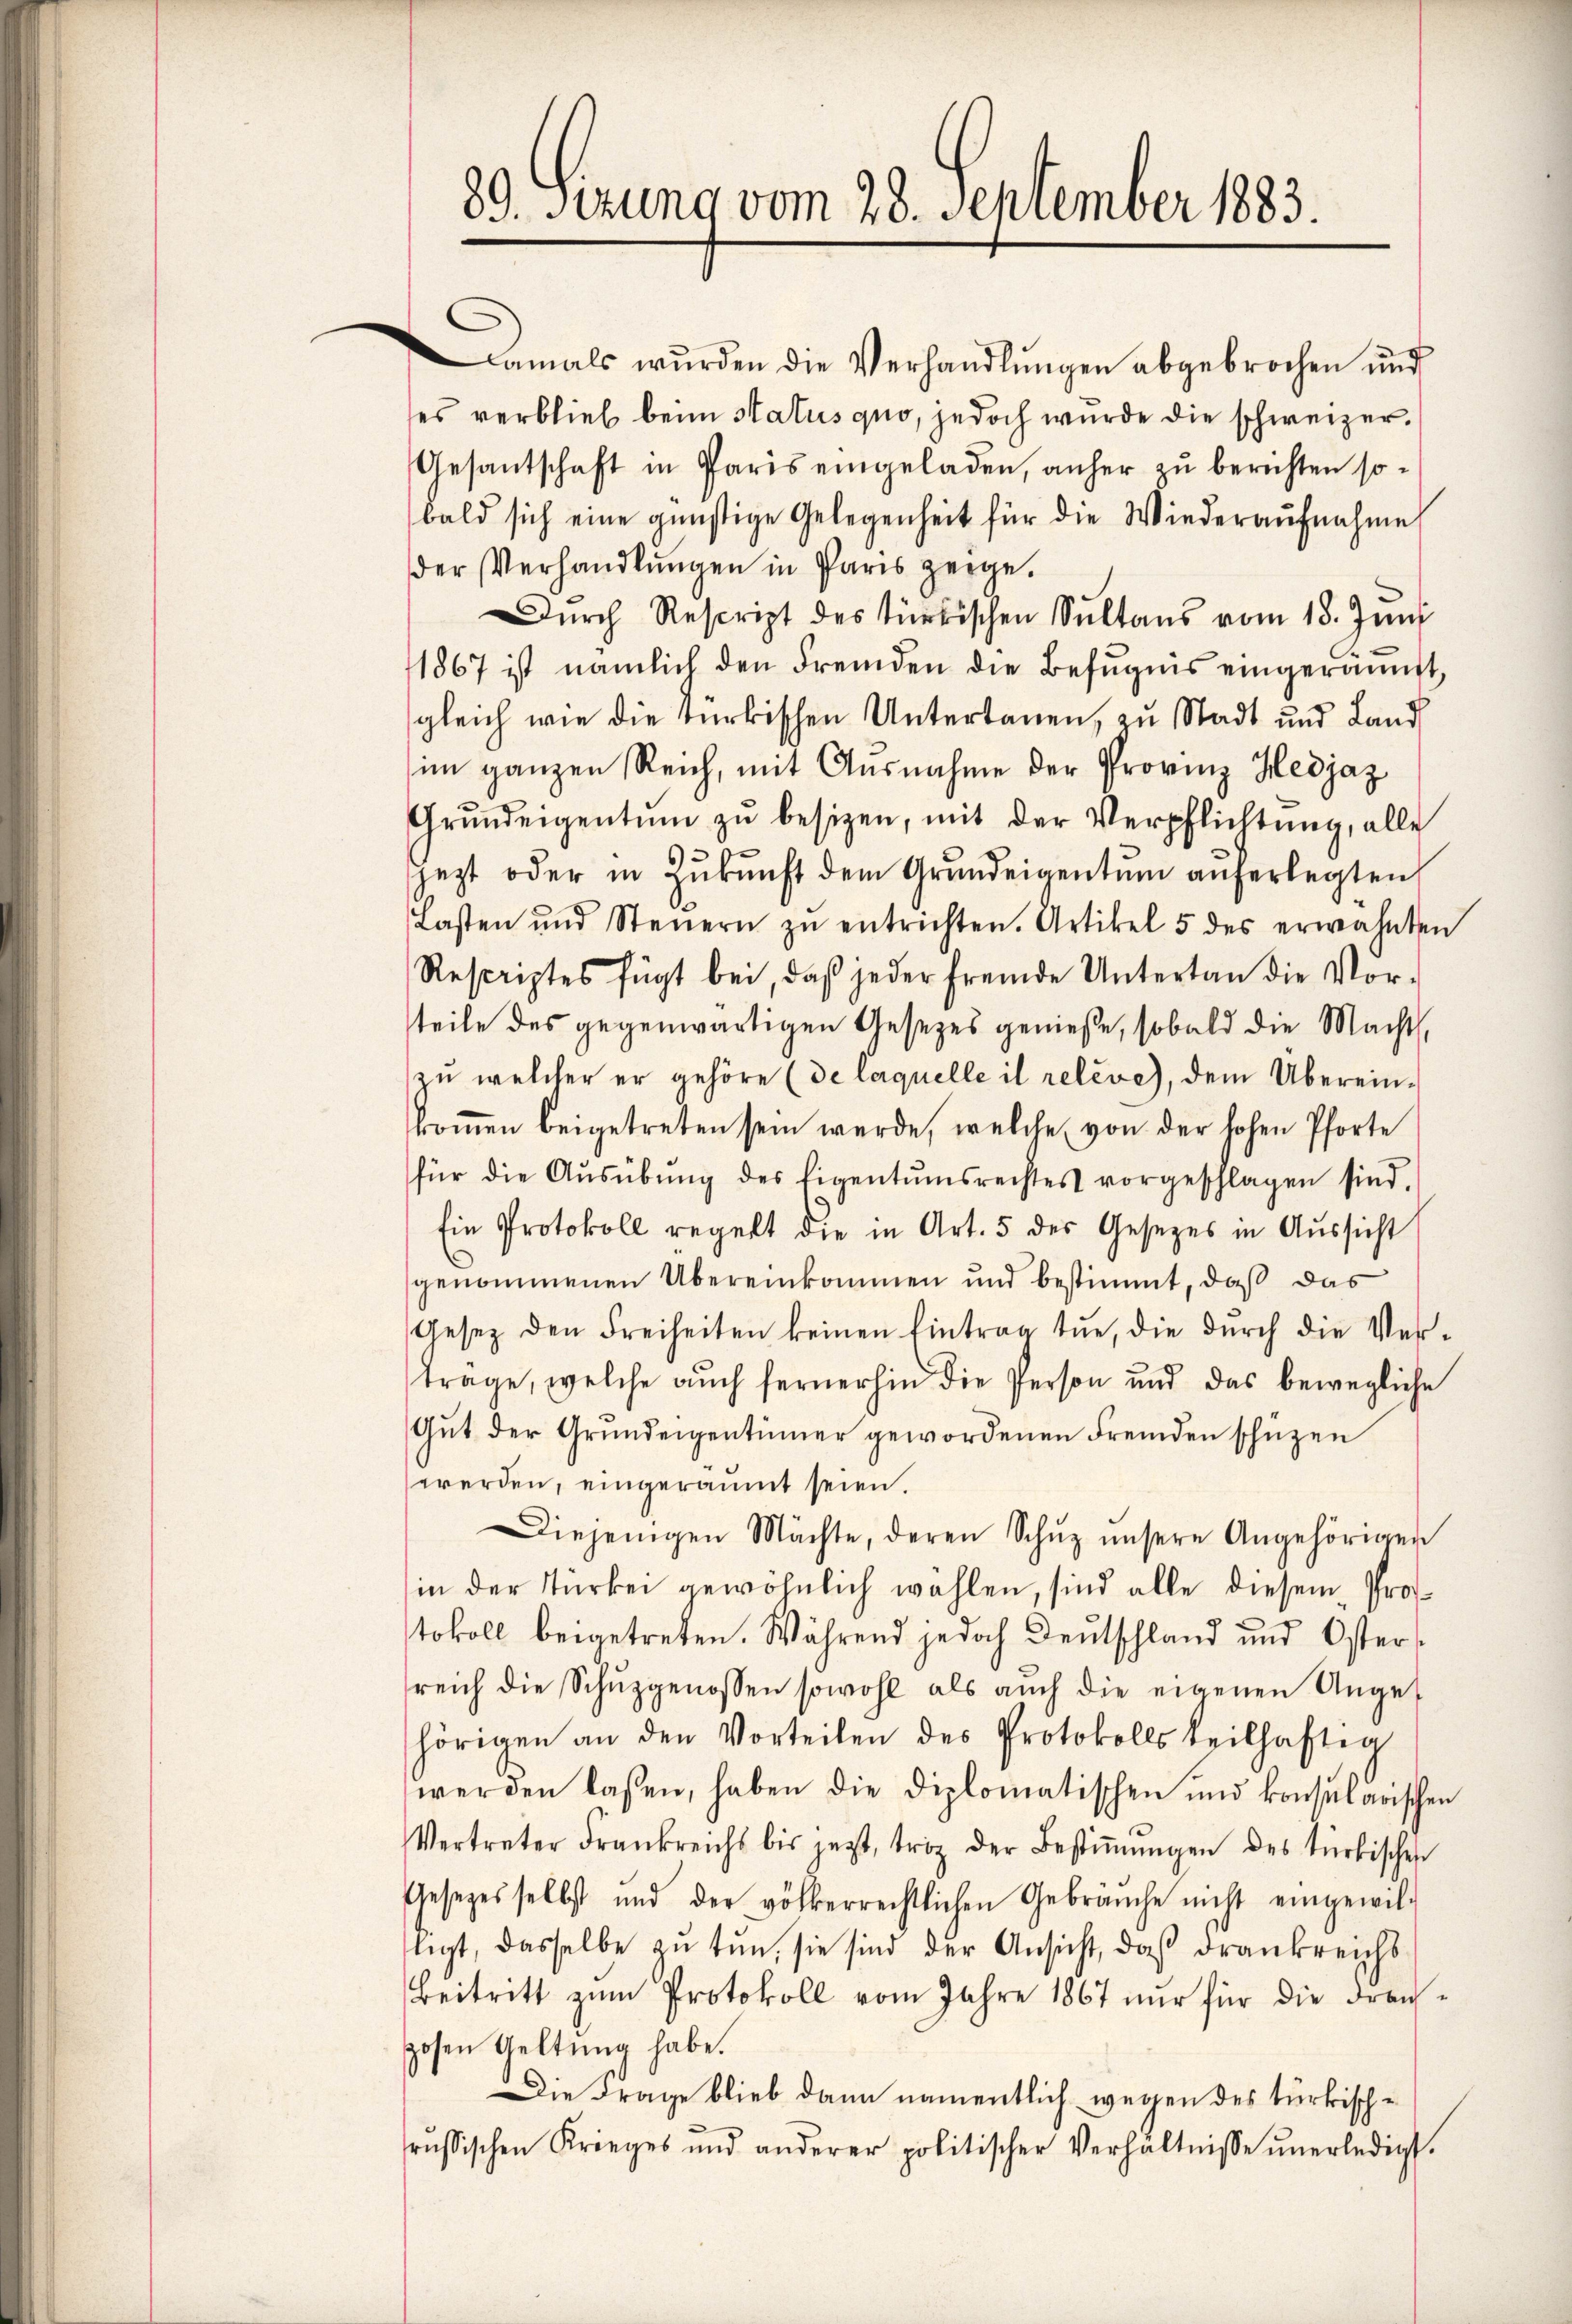
89. Sirung vom 28. September 1883.

damals wŭrden die Verhandlŭngen abgebrochen und
ses verblieb beim Status quo, jedoch wurde die schweizer¬
Gesantschaft in Paris eingeladen, anher zu berichten sobald sich eine günstige Gelegenheit für die Wiederaŭfnahme
der Verhandlungen in Paris zeige.
Dŭrch Rescript des türkischen Sultans vom 18. Jŭni
1867 ist nämlich den Fremden die Befugnis eingeräumt,
gleich wie die türkischen Untertanen, zu Stadt und Land
im ganzen Reich, mit Ausnahme der Provinz Hedjaz
Grŭndeigentum zŭ besizen, mit der Verpflichtŭng, alle
jezt oder in Zŭkŭnft dem Grundeigentum auferlegten
Lasten und Steŭern zŭ entrichten. Artikel 5 des erwähnten
Rescriptes fügt bei, daβ jeder fremde Untertan die Vor-
teile des gegenwärtigen Gesetzes genieße, sobald die Macht,
zu welcher er gehöre (de laquelle il releve), dem Übereinkoṁen beigetreten sein werde, welche von der hohen Pforte
für die Aŭsübŭng des Eigentumsrechtes vorgeschlagen sind.
Ein Protokoll regelt die in Art. 5 des Gesetzes in Aŭssicht
genommenen Übereinkommen und bestimmt, daß das
Gesetz den Freiheiten keinen Eintrag tue, die durch die Ver-
träge, welche auch fernerhin die Person und das bewegliche
Gŭt der Grundeigentümer gewordenen Fremden schüzen
werden, eingeräumt seien.
Diejenigen Mächte, deren Schŭz ŭnsere Angehörigen
in der Türkei gewöhnlich wahlen, sind alle diesem Prof
tokoll beigetreten. Während jedoch Deutschland und Osterreich die Schŭzgenossen sowohl als auch die eigenen Unget
hörigen an den Vorteilen des Protokolls teilhaftig
werden lassen, haben die diplomatischen und konsularischen
Vertreter Frankreichs bis jezt, troz der Bestiṁŭngen des türkischen
Gesetzes selbst und der völkerrechtlichen Gebrauche nicht eingewil-
tigt, dasselbe zu tun, sie sind der Ansicht, daß drankreichs
Beitritt zŭm Protokoll vom Jahre 1867 nur für die Frangosen Geltung habe.
Die Frage blieb dann namentlich wegen des türkischrussischen Krieges und anderer politischer Verhältnisse ŭnerledigt.